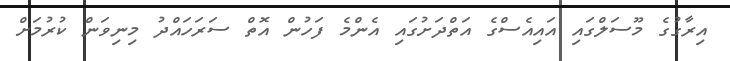
އިރާގުގެ މޫސަލްގައި އައިއެސްގެ އަތްދަށުގައި އެންމެ ފަހުން އޮތް ސަރަހައްދު މިނިވަން ކުރުމަށް